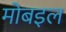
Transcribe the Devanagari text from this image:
मोबइल